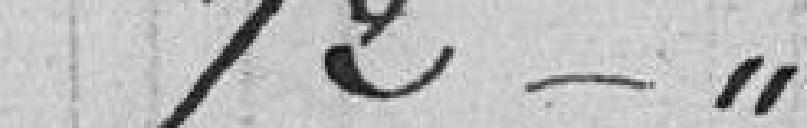
72